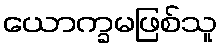
ယောက္ခမဖြစ်သူ